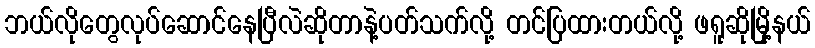
ဘယ်လိုတွေလုပ်ဆောင်နေပြီလဲဆိုတာနဲ့ပတ်သက်လို့ တင်ပြထားတယ်လို့ ဖရူဆိုမြို့နယ်